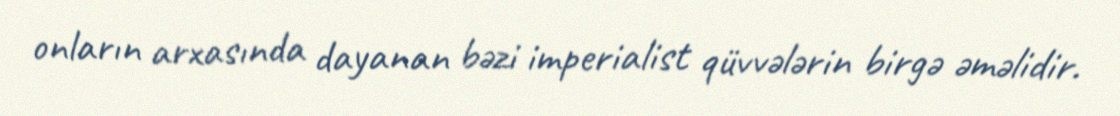
onların arxasında dayanan bəzi imperialist qüvvələrin birgə əməlidir.